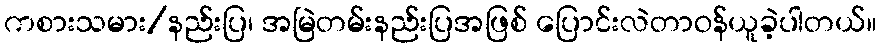
ကစားသမား/နည်းပြ၊ အမြဲတမ်းနည်းပြအဖြစ် ပြောင်းလဲတာဝန်ယူခဲ့ပါတယ်။